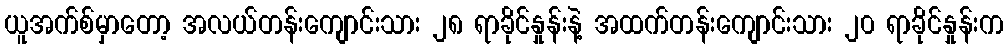
ယူအက်စ်မှာတော့ အလယ်တန်းကျောင်းသား ၂၈ ရာခိုင်နှုန်းနဲ့ အထက်တန်းကျောင်းသား ၂၀ ရာခိုင်နှုန်းက